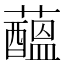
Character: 𧂯